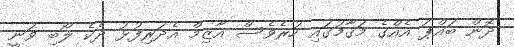
ދޮން ބައްޕަ އެއްގެ މަޤާމުގައި ހުރެވެސް އާޒިމް އެދަރިފުޅު ދެކެ ލޯބި ވަނީ